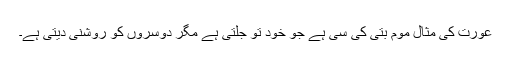
عورت کی مثال موم بتی کی سی ہے جو خود تو جلتی ہے مگر دوسروں کو روشنی دیتی ہے۔